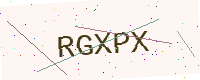
Text: RGXPX